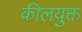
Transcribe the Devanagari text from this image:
कीलयुक्त